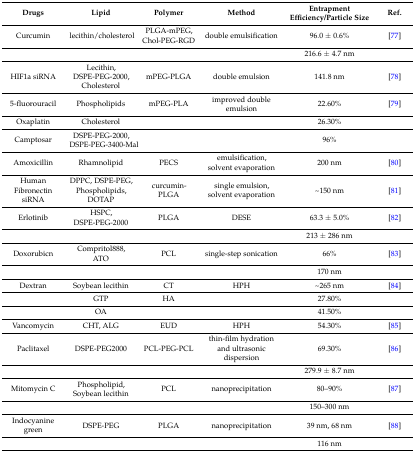
<table><thead><tr><td><b>Drugs</b></td><td><b>Lipid</b></td><td><b>Polymer</b></td><td><b>Method</b></td><td><b>Entrapment Efficiency/Particle Size</b></td><td><b>Ref.</b></td></tr></thead><tbody><tr><td>Curcumin</td><td>lecithin/cholesterol</td><td>PLGA-mPEG, Chol-PEG-RGD</td><td>double emulsification </td><td>96.0 ± 0.6%</td><td>[77]</td></tr><tr><td></td><td></td><td></td><td></td><td>216.6 ± 4.7 nm</td><td></td></tr><tr><td>HIF1a siRNA</td><td>Lecithin, DSPE-PEG-2000, Cholesterol</td><td>mPEG-PLGA</td><td>double emulsion</td><td>141.8 nm</td><td>[78]</td></tr><tr><td>5-fluorouracil</td><td>Phospholipids</td><td>mPEG-PLA</td><td>improved double emulsion</td><td>22.60%</td><td>[79]</td></tr><tr><td>Oxaplatin</td><td>Cholesterol</td><td></td><td></td><td>26.30%</td><td></td></tr><tr><td>Camptosar</td><td>DSPE-PEG-2000, DSPE-PEG-3400-Mal</td><td></td><td></td><td>96%</td><td></td></tr><tr><td>Amoxicillin</td><td>Rhamnolipid</td><td>PECS</td><td>emulsification, solvent evaporation</td><td>200 nm</td><td>[80]</td></tr><tr><td>Human Fibronectin siRNA</td><td>DPPC, DSPE-PEG, Phospholipids, DOTAP</td><td>curcumin- PLGA</td><td>single emulsion, solvent evaporation</td><td>~150 nm</td><td>[81]</td></tr><tr><td>Erlotinib</td><td>HSPC, DSPE-PEG-2000</td><td>PLGA</td><td>DESE</td><td>63.3 ± 5.0%</td><td>[82]</td></tr><tr><td></td><td></td><td></td><td></td><td>213 ± 286 nm</td><td></td></tr><tr><td>Doxorubicn</td><td>Compritol888, ATO</td><td>PCL</td><td>single-step sonication </td><td>66%</td><td>[83]</td></tr><tr><td></td><td></td><td></td><td></td><td>170 nm</td><td></td></tr><tr><td>Dextran</td><td>Soybean lecithin</td><td>CT</td><td>HPH</td><td>~265 nm</td><td>[84]</td></tr><tr><td></td><td>GTP</td><td>HA</td><td></td><td>27.80%</td><td></td></tr><tr><td></td><td>OA</td><td></td><td></td><td>41.50%</td><td></td></tr><tr><td>Vancomycin</td><td>CHT, ALG</td><td>EUD</td><td>HPH </td><td>54.30%</td><td>[85]</td></tr><tr><td>Paclitaxel</td><td>DSPE-PEG2000</td><td>PCL-PEG-PCL</td><td>thin-film hydration and ultrasonic dispersion</td><td>69.30%</td><td>[86]</td></tr><tr><td></td><td></td><td></td><td></td><td>279.9 ± 8.7 nm</td><td></td></tr><tr><td>Mitomycin C</td><td>Phospholipid, Soybean lecithin</td><td>PCL</td><td>nanoprecipitation</td><td>80–90%</td><td>[87]</td></tr><tr><td></td><td></td><td></td><td></td><td>150–300 nm</td><td></td></tr><tr><td>Indocyanine green</td><td>DSPE-PEG</td><td>PLGA</td><td>nanoprecipitation</td><td>39 nm, 68 nm </td><td>[88]</td></tr><tr><td></td><td></td><td></td><td></td><td>116 nm</td><td></td></tr></tbody></table>